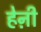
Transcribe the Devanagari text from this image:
हेऩी